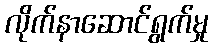
လိုက်နာဆောင်ရွက်မှု